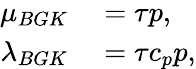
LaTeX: \begin{array}{rl}{\mu_{BGK}}&{{}=\tau p,}\\ {\lambda_{BGK}}&{{}=\tau c_{p}p,}\end{array}